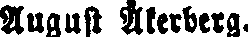
August Åkerberg.